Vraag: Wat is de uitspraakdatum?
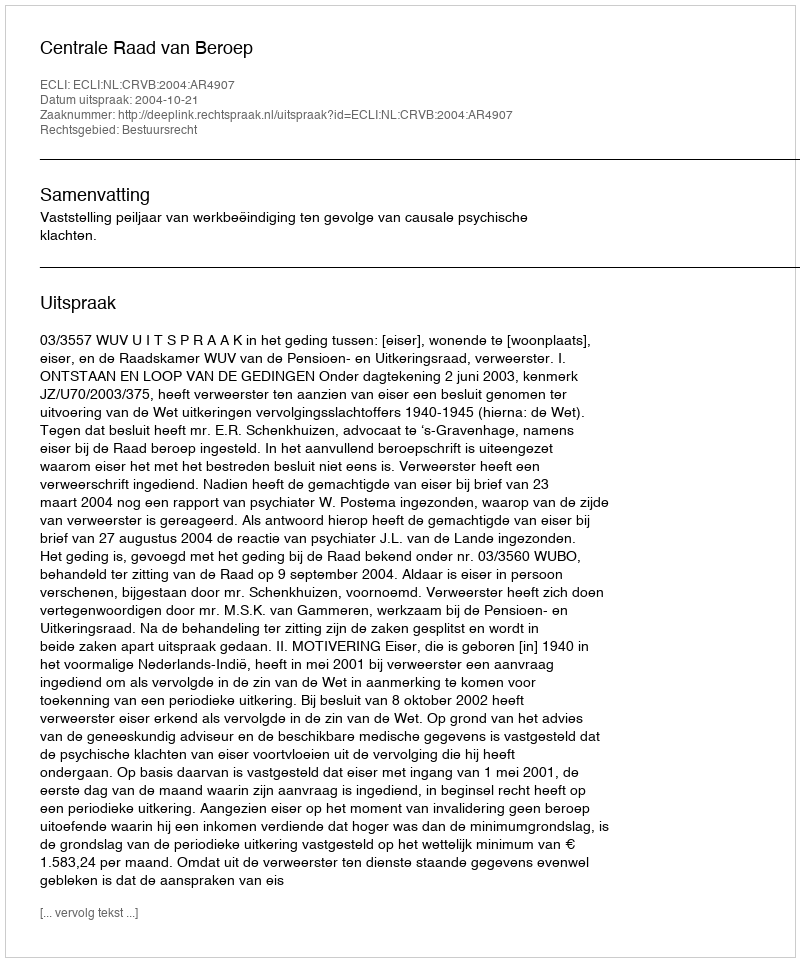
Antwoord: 2004-10-21